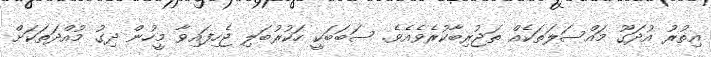
އިތުރު އުދަގޫ މައްސަލަތަކެއް ތަޖުރިބާކުރެވެއެވެ. ސަބަބަކީ ހަކުރުބަލި ޖެހިފައިވާ މީހުން ދިގު މުއްދަތަކަށް